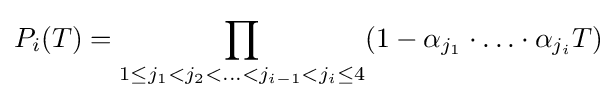
P_{i}(T)=\prod _{1\leq j_{1}<j_{2}<\ldots <j_{i-1}<j_{i}\leq 4}(1-\alpha _{j_{1}}\cdot \ldots \cdot \alpha _{j_{i}}T)